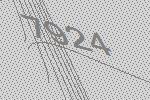
7924